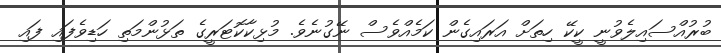
ބުރުއްސައިލެވުނީ ކީކޭ ހިތަށް އަރައިގެން ކަމެއްވެސް ނޭގުނެވެ. މުޅިކާކޮޓަރީގެ ތަޅުންމަތި ހަޑިވެފައި ފައި